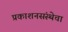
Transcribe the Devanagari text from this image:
प्रकाशनसंस्थेचा